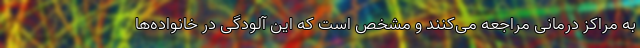
به مراکز درمانی مراجعه می‌کنند و مشخص است که این آلودگی در خانواده‌ها